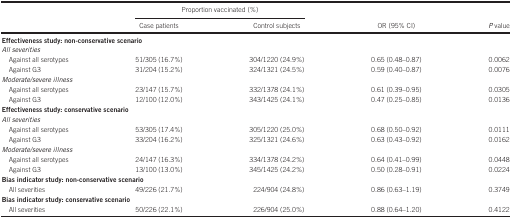
<table><thead><tr><td><b> </b></td><td colspan="2"><b>Proportion vaccinated (%)</b></td><td><b> </b></td><td><b> </b></td></tr><tr><td><b> </b></td><td><b>Case patients</b></td><td><b>Control subjects</b></td><td><b>OR (95% CI)</b></td><td><b><i>P</i> value</b></td></tr></thead><tbody><tr><td colspan="5"><b>Effectiveness study: non-conservative scenario</b></td></tr><tr><td colspan="5"><i>All severities</i></td></tr><tr><td> Against all serotypes</td><td>51/305 (16.7%)</td><td>304/1220 (24.9%)</td><td>0.65 (0.48–0.87)</td><td>0.0062</td></tr><tr><td> Against G3</td><td>31/204 (15.2%)</td><td>324/1321 (24.5%)</td><td>0.59 (0.40–0.87)</td><td>0.0076</td></tr><tr><td colspan="5"><i>Moderate/severe illness</i></td></tr><tr><td> Against all serotypes</td><td>23/147 (15.7%)</td><td>332/1378 (24.1%)</td><td>0.61 (0.39–0.95)</td><td>0.0305</td></tr><tr><td> Against G3</td><td>12/100 (12.0%)</td><td>343/1425 (24.1%)</td><td>0.47 (0.25–0.85)</td><td>0.0136</td></tr><tr><td colspan="5"><b>Effectiveness study: conservative scenario</b></td></tr><tr><td colspan="5"><i>All severities</i></td></tr><tr><td> Against all serotypes</td><td>53/305 (17.4%)</td><td>305/1220 (25.0%)</td><td>0.68 (0.50–0.92)</td><td>0.0111</td></tr><tr><td> Against G3</td><td>33/204 (16.2%)</td><td>325/1321 (24.6%)</td><td>0.63 (0.43–0.92)</td><td>0.0162</td></tr><tr><td colspan="5"><i>Moderate/severe illness</i></td></tr><tr><td> Against all serotypes</td><td>24/147 (16.3%)</td><td>334/1378 (24.2%)</td><td>0.64 (0.41–0.99)</td><td>0.0448</td></tr><tr><td> Against G3</td><td>13/100 (13.0%)</td><td>345/1425 (24.2%)</td><td>0.50 (0.28–0.91)</td><td>0.0224</td></tr><tr><td colspan="5"><b>Bias indicator study: non-conservative scenario</b></td></tr><tr><td> All severities</td><td>49/226 (21.7%)</td><td>224/904 (24.8%)</td><td>0.86 (0.63–1.19)</td><td>0.3749</td></tr><tr><td colspan="5"><b>Bias indicator study: conservative scenario</b></td></tr><tr><td> All severities</td><td>50/226 (22.1%)</td><td>226/904 (25.0%)</td><td>0.88 (0.64–1.20)</td><td>0.4122</td></tr></tbody></table>